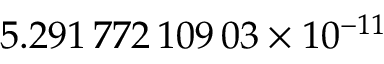
5 . 2 9 1 \, 7 7 2 \, 1 0 9 \, 0 3 \times 1 0 ^ { - 1 1 }